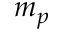
m _ { p }